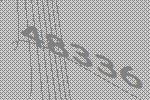
48336